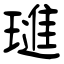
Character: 璡